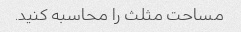
مساحت مثلث را محاسبه کنید.